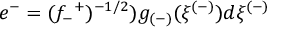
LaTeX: e ^ { - } = ( f _ { - } ^ { ~ + } ) ^ { - 1 / 2 } ) g _ { ( - ) } ( \xi ^ { ( - ) } ) d \xi ^ { ( - ) }